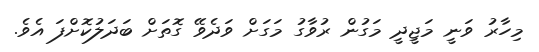
މިހާރު ވަނީ މަޖީދީ މަގުން ރުވާގު މަގަށް ވަދެވޭ ގޮތަށް ބަދަލުކޮށްފަ އެވެ.